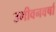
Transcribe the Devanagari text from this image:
उमीवनवर्षा